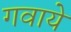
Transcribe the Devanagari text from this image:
गवाये